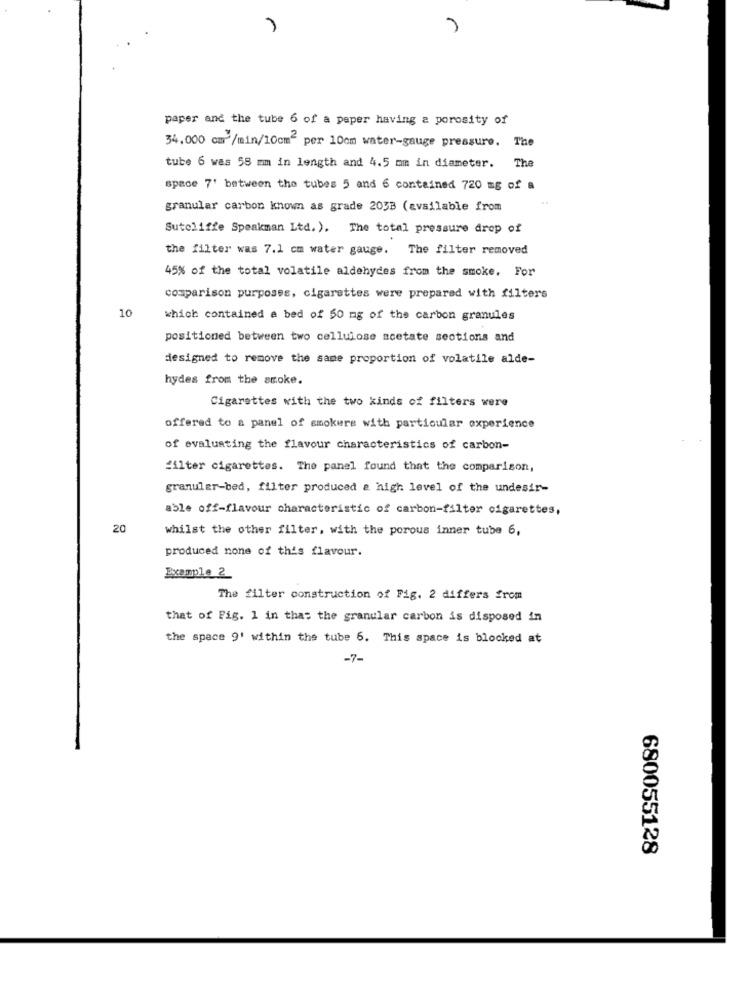
paper and the tube 6 of a paper having a porosity of
34.000 cm /min/10cm2 per 10cm water-gauge pressure. The
tube 6 was 55 mm in length and 4.5 mm in diameter. The
space 7' between the tubes 5 and 6 contained 720 mg of a
granular carbon known as grade 203B (available from
Sutcliffe Speakman Ltd.). The total pressure drop of
the filter was 7.1 cm water gauge. The filter removed
45% of the total volatile aldehydes from the smoke, For
comparison purposes, cigarettes were prepared with filters
10
which contained a bed of 50 mg of the carbon granules
positioned between two cellulose acetate sections and
designed to remove the same proportion of volatile alde-
hydes from the smoke.
Cigarettes with the two kinds of filters were
offered to a panel of smokers with particular experience
of evaluating the flavour characteristics of carbon-
filter cigarettes. The panel found that the comparison,
granular-bed, filter produced a high level of the undesir-
able off-flavour characteristic of carbon-filter cigarettes,
20
whilst the other filter, with the porous inner tube 6,
produced none of this flavour.
Example 2_
The filter construction of Fig. 2 differs from
that of Fig. 1 in that the granular carbon is disposed in
the space 9' within the tube 6. This space is blocked at
-7-
680055128